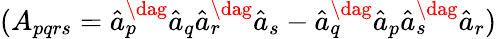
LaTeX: (A_{pqrs}=\hat{a}_{p}^{\dag}\hat{a}_{q}\hat{a}_{r}^{\dag}\hat{a}_{s}-\hat{a}_{q}^{\dag}\hat{a}_{p}\hat{a}_{s}^{\dag}\hat{a}_{r})